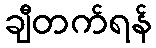
ချီတက်ရန်